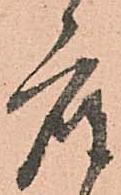
座